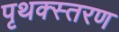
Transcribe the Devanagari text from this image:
पृथक्स्तरण